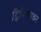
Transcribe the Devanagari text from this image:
द्विपिच्छाकर